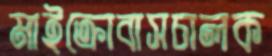
মাইক্রোবাসচালক